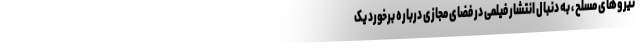
نیروهای مسلح ، به دنبال انتشار فیلمی در فضای مجازی درباره برخورد یک